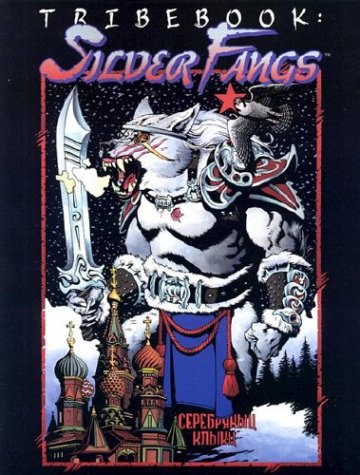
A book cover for *OP Tribebook Silver Fangs Rev (Werewolf the Apocalypse); Bill Bridges; Science Fiction & Fantasy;